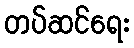
တပ်ဆင်ရေး